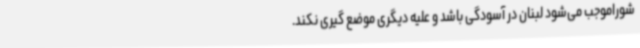
شوراموجب می‌شود لبنان در آسودگی باشد و علیه دیگری موضع گیری نکند.